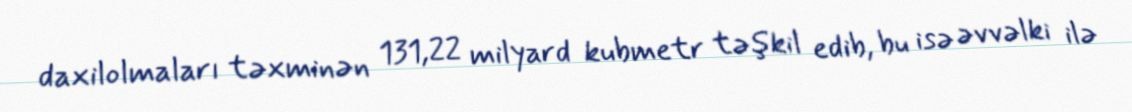
daxilolmaları təxminən 131,22 milyard kubmetr təşkil edib, bu isə əvvəlki ilə